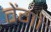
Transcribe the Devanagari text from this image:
वेंगो